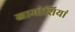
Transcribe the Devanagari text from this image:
खामोशियां